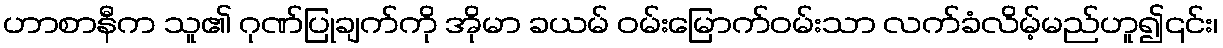
ဟာစာနီက သူ၏ ဂုဏ်ပြုချက်ကို အိုမာ ခယမ် ဝမ်းမြောက်ဝမ်းသာ လက်ခံလိမ့်မည်ဟူ၍၎င်း၊